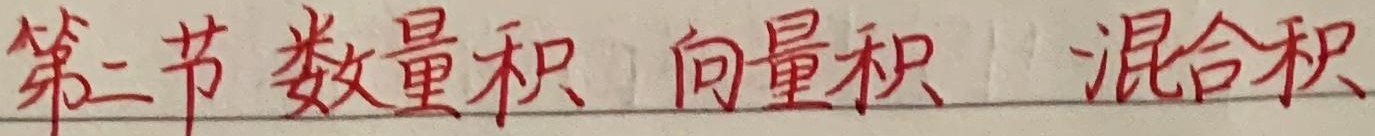
第二节 数量积 向量积 混合积